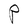
Character: P